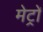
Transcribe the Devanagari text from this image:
मेट्रों